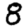
Digit: 8